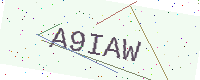
Text: A9IAW